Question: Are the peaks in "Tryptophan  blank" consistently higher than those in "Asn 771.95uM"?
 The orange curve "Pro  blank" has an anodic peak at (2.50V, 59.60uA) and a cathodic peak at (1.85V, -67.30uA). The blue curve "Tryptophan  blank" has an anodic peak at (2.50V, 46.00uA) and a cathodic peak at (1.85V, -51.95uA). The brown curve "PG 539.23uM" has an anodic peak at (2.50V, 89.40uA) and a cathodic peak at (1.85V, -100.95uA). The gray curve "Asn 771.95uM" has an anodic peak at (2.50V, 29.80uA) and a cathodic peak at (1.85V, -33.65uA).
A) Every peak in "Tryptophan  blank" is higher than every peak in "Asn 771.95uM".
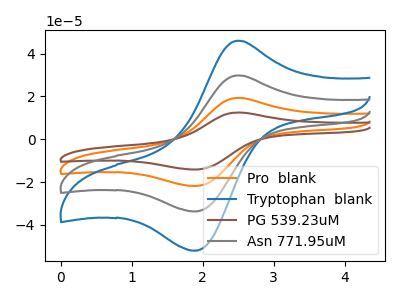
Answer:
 <answer>A) Every peak in "Tryptophan  blank" is higher than every peak in "Asn 771.95uM".</answer>
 <eval>A</eval>